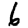
Digit: 6